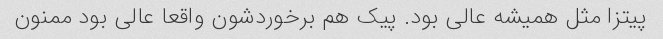
پیتزا مثل همیشه عالى بود. پیک هم برخوردشون واقعا عالى بود ممنون